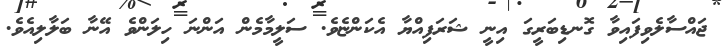
ޖައްސާލެވިފައިވާ ގޮނޑިބަރީގަ އިނީ ޝަރަފިއްޔާ އެކަންޏެވެ. ސަލީމާމެން އަންނަ ހިލަންވެ އޭނާ ބަލާލިއެވެ.